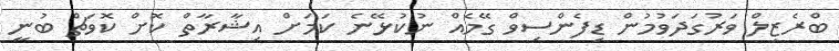
ބްރެޒިލް ވަރުގަދަވުމުން ޑިފެންސިވް ގޭމެއް ނުކުޅޭނެ ކަމަށް އިޝާރާތް ކޮށް ކޮވަޗް ބުނީ